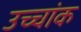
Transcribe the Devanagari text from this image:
उच्‍चांक